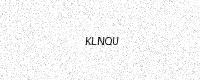
Text: KLNQU